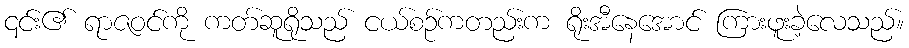
၎င်း၏ ရာဇဝင်ကို ကတ်ဆူရိုသည် ငယ်စဉ်ကတည်းက ရိုးအီနေအောင် ကြားဖူးခဲ့လေသည်။